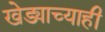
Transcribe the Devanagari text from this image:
खेड्याच्याही